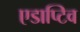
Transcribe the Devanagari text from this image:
एडाप्टिव